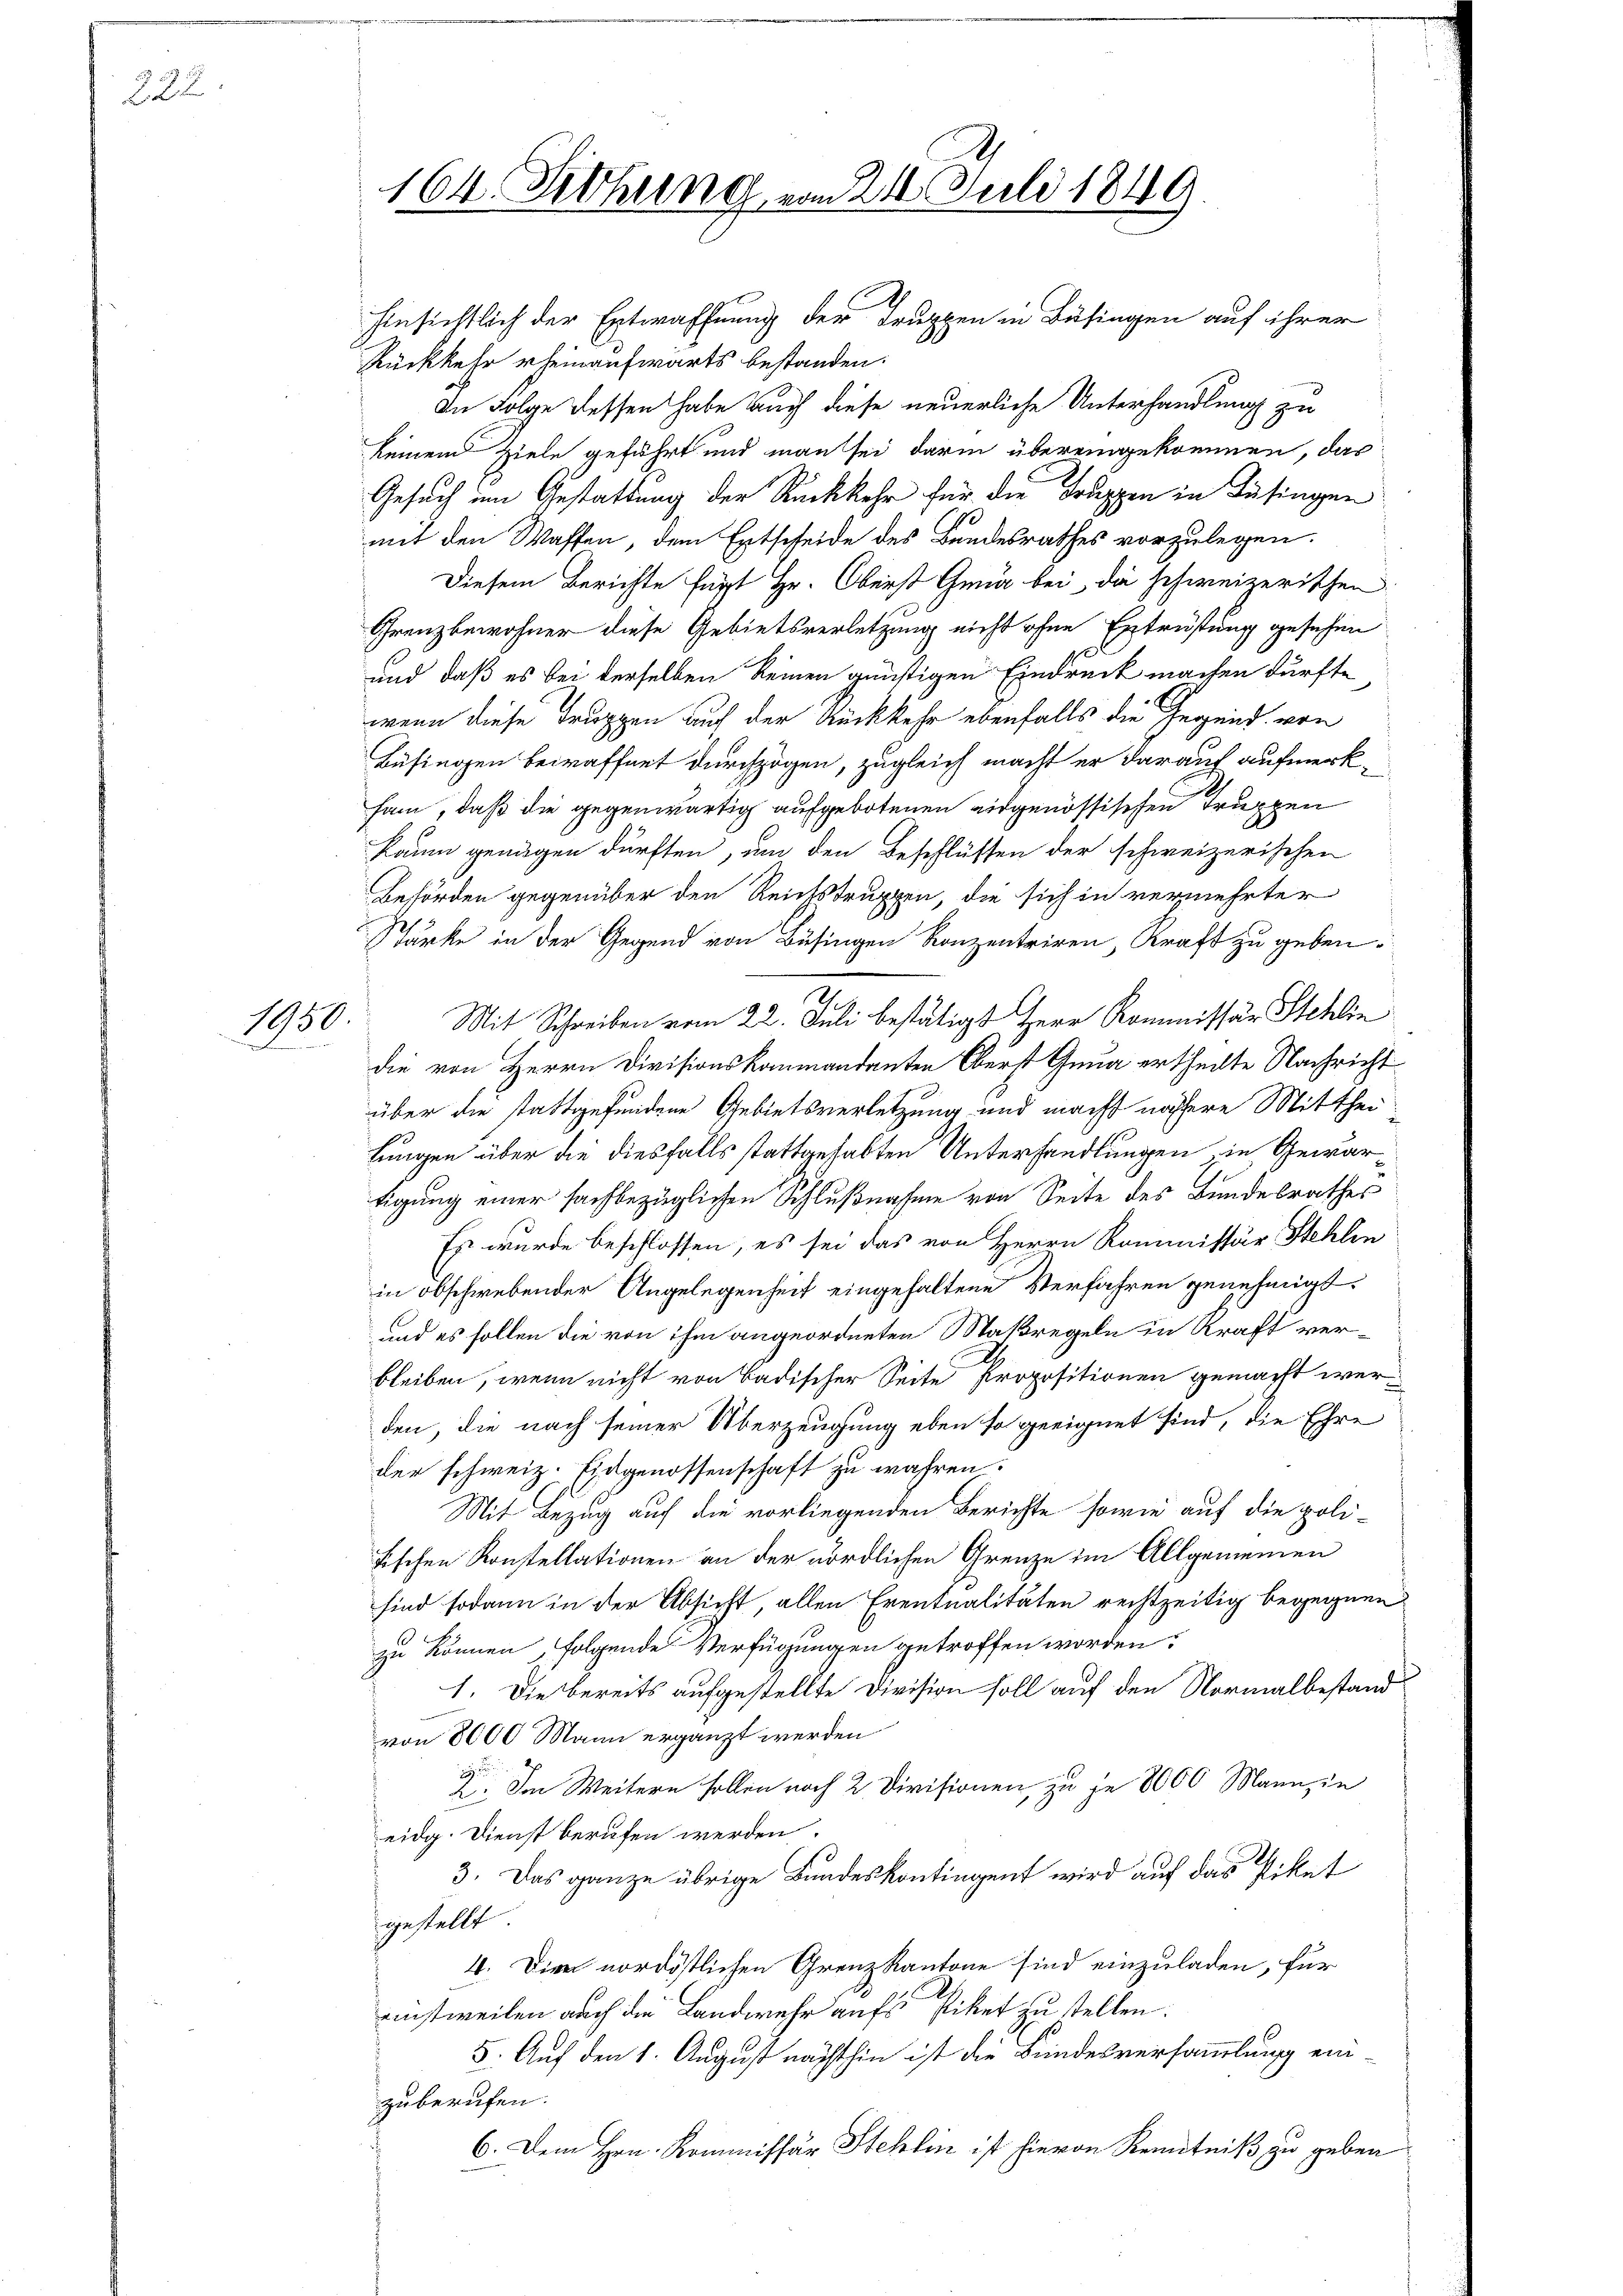
222.

1950
.

164. Siehung vom 216. Juli 1849.

hinsichtlich der Entwaffnung der Truppen in Büsingen auf ihrer
Rückkehr rheinaufwärts bestanden:
In Folge dessen habe auch diese neuerliche Unterhandlung zu
keinen Ziele geführt und man sei darin übereingekommen, das
Gesuch im Gestattung der Rückkehr für die Truppen in Füsingen
mit den Waffen, dem Entscheide des Bundesrathes vorzulegen.
Diesem Berichte fügt Hr. Oberst Gena bei da schweizerischen
Grenzbewohner diese Gebietsverletzung nicht ohne Entrüstung gesehen
und daß es bei derselben keinen günstigen Eindruck machen dürfte
wenn diese Truppen auf der Rückkehr ebenfalls die Jugend von
Büfingen bewaffnet durchzogen, zugleich macht er darauf aufmerksam, daß die gegenwärtig aufgebotenen eidgenössischen Truppen
Raum genügen dürften, um den Beschlüssen der schweizerischen
Behörden gegenüber den Reichstruppen, die sich in vermehrter
Stärke in der Gegend von Busingen Konzentriren, Kraft zu geben.
Mit Schreiben vom 22. Juli bestätigt Herr Kommissär Stehlin
die von Herrn Divisionskommandanten Oberst Gnua ertheilte Nachricht
über die stattgefundene Gebietsverletzung und macht nähere Mittheilungen über die diesfalls stattgehabten Unterhandlungen, in Gewärtigung einer sachbezüglichen Schlußnahme von Seite des Bundesrathes
Es wurde beschlossen, es sei das von Herrn Kommissär Stehlin
in obschwebender Angelegenheit eingehaltene Verfahren genehmigt.
und es sollen die von ihm angeordneten Maßregeln in Kraft verbleiben, wenn nicht von Badischer Seite Propositionen gemacht werden, die nach seiner Überzeugung eben so geeignet sind, die Ehre
der schweiz. Eidgenossenschaft zu wahren.
Mit Bezug auf die vorliegenden Berichte sowie auf die poli-
fischen Konstellationen an der nördlichen Grenze im Allgemeinen
sind sodann in der Absicht, allen Eventualitäten rechtzeitig begegnen
zu können, folgende Verfügungen getroffen worden.
1. Die bereits aufgestellte Division soll auf den Normalbestand
von 8000 Mann ergänzt werden
8. Im Weitern sollen noch 2 Divisionen, zu je 8000 Mann, in
eidg. Dienst berufen werden.
3. Das ganze übrige Bundeskontingent wird auf das Piket
gestellt
4. Die nordöstlichen Grenzkantone sind einzuladen, für
rinstweilen auch die Landwehr aufs Piket zu stellen.
5. Auf den 1. August nachthin ist die Bundesversammlung ein
zuberufen.
6. Dem Hrn. Kommissär Schlin ist hievon Kenntniß zu geben